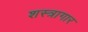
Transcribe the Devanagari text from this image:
शस्‍त्रागार